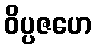
ဝိပ္ပဇဟေ